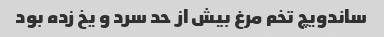
ساندویچ تخم مرغ بیش از حد سرد و یخ زده بود